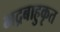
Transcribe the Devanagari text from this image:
भद्रबाहुकृत